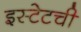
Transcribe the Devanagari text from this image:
इस्टेटची